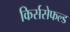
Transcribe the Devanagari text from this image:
किर्ससेफल्ड